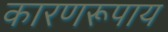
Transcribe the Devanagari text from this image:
कारणरूपाय